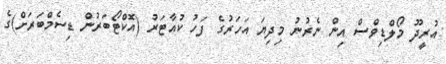
އުރީދޫ މޯލްޑިވްސް އިން ނެރުނު މިދިޔަ އަހަރުގެ ފަހު ކުއާޓަރު (އޮކްޓޯބަރުން ޑިސެމްބަރަށް)ގެ